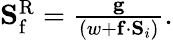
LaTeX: \begin{array}{r}{\mathbf{S}_{\mathrm{f}}^{\mathrm{R}}=\frac{\mathbf{g}}{(w+\mathbf{f}\cdot\mathbf{S}_{i})}.}\end{array}